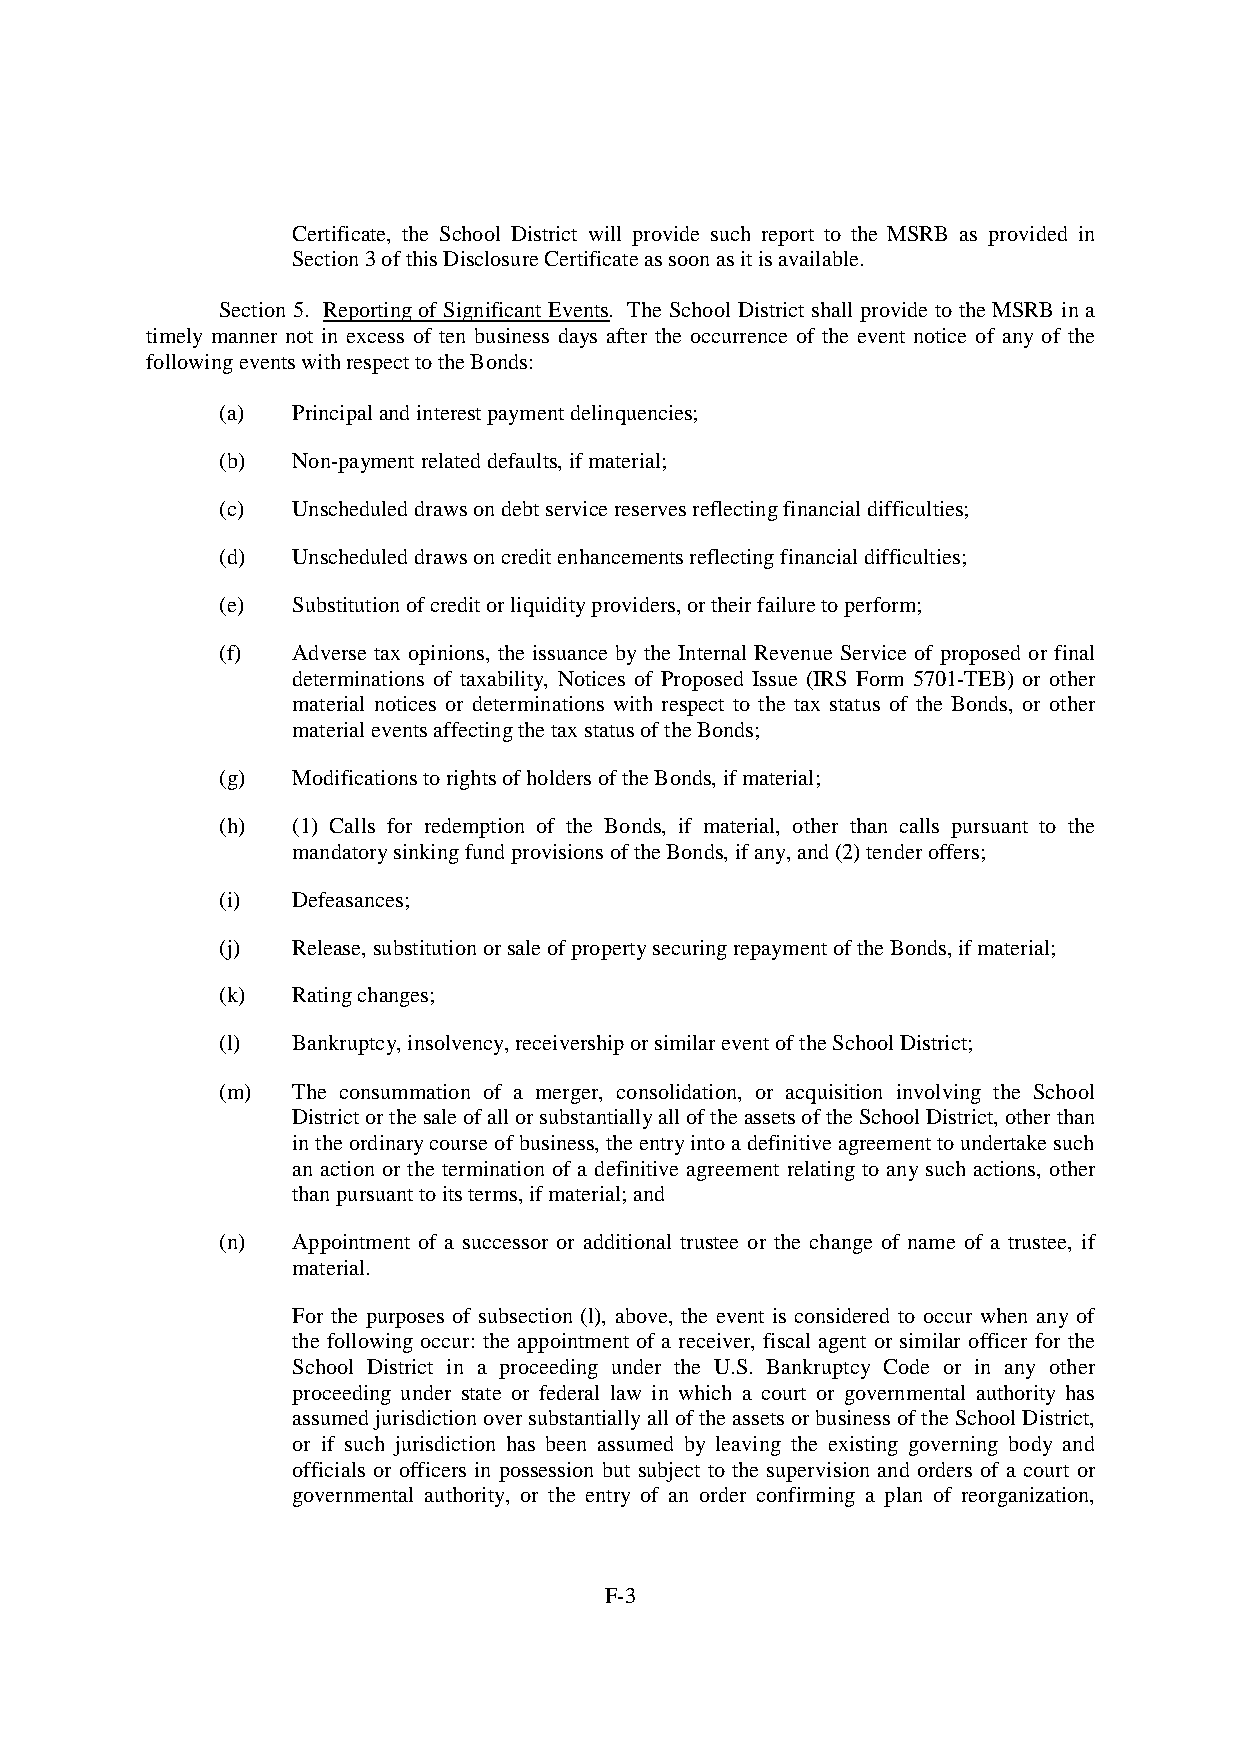
Certificate, the School District will provide such report to the MSRB as provided in
 Section3ofthisDisclosureCertificateassoonasitisavailable.
 Section 5. Reporting of Significant Events. The School District shall provide to the MSRB in a
 timely manner not in excess of ten business days after the occurrence of the event notice of any of the
 followingeventswithrespecttotheBonds:
 (a)  Principalandinterestpaymentdelinquencies;
 (b)  Non-paymentrelateddefaults,ifmaterial;
 (c)  Unscheduleddrawsondebtservicereservesreflectingfinancialdifficulties;
 (d)  Unscheduleddrawsoncreditenhancementsreflectingfinancialdifficulties;
 (e)  Substitutionofcreditorliquidityproviders,ortheirfailuretoperform;
 (f)  Adverse tax opinions, the issuance by the Internal Revenue Service of proposed or final
 determinations of taxability, Notices of Proposed Issue (IRS Form 5701-TEB) or other
 material notices or determinations with respect to the tax status of the Bonds, or other
 materialeventsaffectingthetaxstatusoftheBonds;
 (g)  ModificationstorightsofholdersoftheBonds,ifmaterial;
 (h)  (1) Calls for redemption of the Bonds, if material, other than calls pursuant to the
 mandatorysinkingfundprovisionsoftheBonds,ifany,and(2)tenderoffers;
 (i)  Defeasances;
 (j)  Release,substitutionorsaleofpropertysecuringrepaymentoftheBonds,ifmaterial;
 (k)  Ratingchanges;
 (l)  Bankruptcy,insolvency,receivershiporsimilareventoftheSchoolDistrict;
 (m)  The consummation of a merger, consolidation, or acquisition involving the School
 DistrictorthesaleofallorsubstantiallyalloftheassetsoftheSchoolDistrict,otherthan
 intheordinarycourseofbusiness,theentryintoadefinitiveagreementtoundertakesuch
 an action or the termination of a definitive agreement relating to any such actions, other
 thanpursuanttoitsterms,ifmaterial;and
 (n)  Appointment of a successor or additional trustee or the change of name of a trustee, if
 material.
 For the purposes of subsection (l), above, the event is considered to occur when any of
 the following occur: the appointment of a receiver, fiscal agent or similar officer for the
 School District in a proceeding under the U.S. Bankruptcy Code or in any other
 proceeding under state or federal law in which a court or governmental authority has
 assumedjurisdictionoversubstantiallyallofthe assetsorbusinessoftheSchoolDistrict,
 or if such jurisdiction has been assumed by leaving the existing governing body and
 officials or officers in possession but subject to the supervision and orders of a court or
 governmental authority, or the entry of an order confirming a plan of reorganization,
 F-3